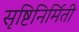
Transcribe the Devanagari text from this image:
सृष्टिनिर्मिती